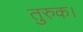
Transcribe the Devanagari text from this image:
तुरुक।